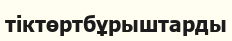
тіктөртбұрыштарды